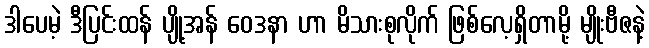
ဒါပေမဲ့ ဒီပြင်းထန် ပျို့အန် ဝေဒနာ ဟာ မိသားစုလိုက် ဖြစ်လေ့ရှိတာမို့ မျိုးဗီဇနဲ့